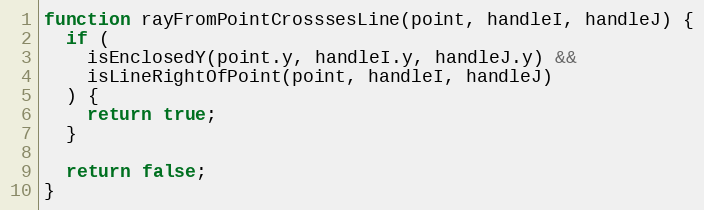
Language: JavaScript
function rayFromPointCrosssesLine(point, handleI, handleJ) {
  if (
    isEnclosedY(point.y, handleI.y, handleJ.y) &&
    isLineRightOfPoint(point, handleI, handleJ)
  ) {
    return true;
  }

  return false;
}